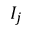
I _ { j }